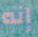
إنه